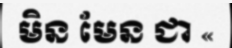
មិន មែន ជា «